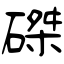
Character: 磔